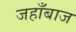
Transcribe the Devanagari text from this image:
जहाँबाज